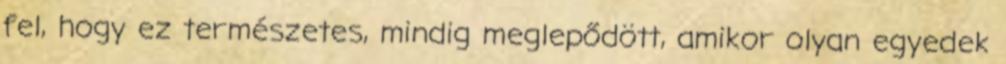
fel, hogy ez természetes, mindig meglepődött, amikor olyan egyedek